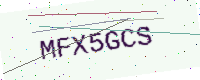
Text: MFX5GCS